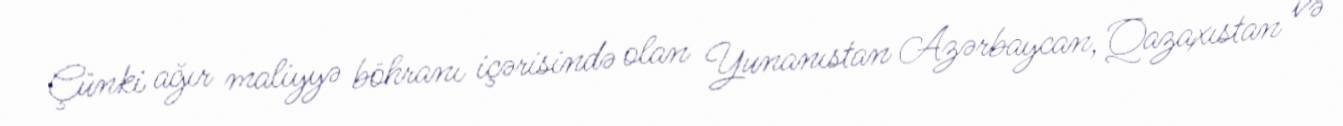
Çünki ağır maliyyə böhranı içərisində olan Yunanıstan Azərbaycan, Qazaxıstan və